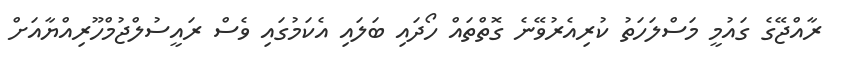
ރާއްޖޭގެ ގައުމީ މަސްލަހަތު ކުރިއެރުވޭނެ ގޮތްތައް ހޯދައި ބަލައި އެކަމުގައި ވެސް ރައީސުލްޖުމްހޫރިއްޔާއަށް